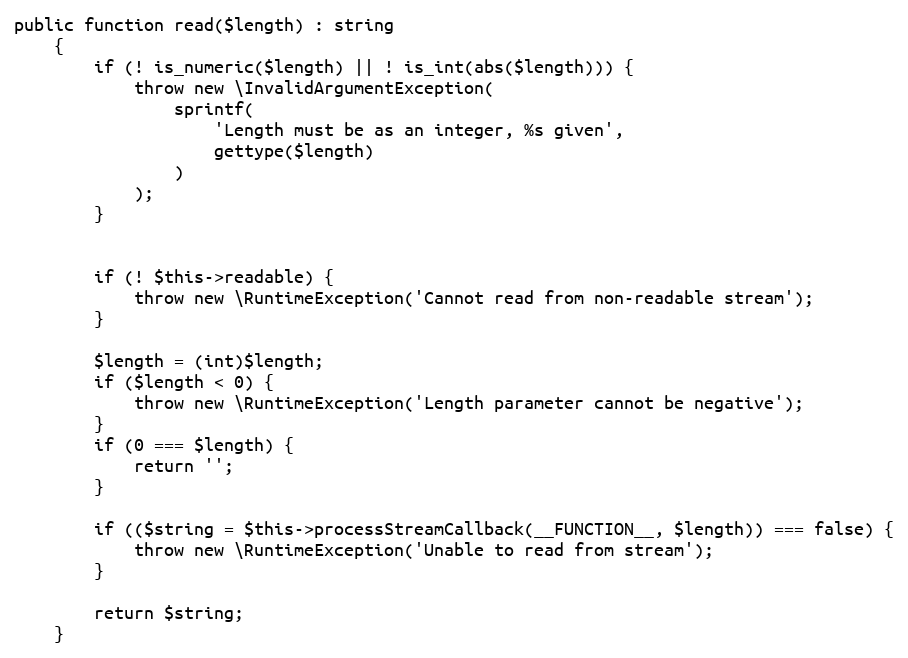
Language: PHP
public function read($length) : string
    {
        if (! is_numeric($length) || ! is_int(abs($length))) {
            throw new \InvalidArgumentException(
                sprintf(
                    'Length must be as an integer, %s given',
                    gettype($length)
                )
            );
        }

        if (! $this->readable) {
            throw new \RuntimeException('Cannot read from non-readable stream');
        }

        $length = (int)$length;
        if ($length < 0) {
            throw new \RuntimeException('Length parameter cannot be negative');
        }
        if (0 === $length) {
            return '';
        }

        if (($string = $this->processStreamCallback(__FUNCTION__, $length)) === false) {
            throw new \RuntimeException('Unable to read from stream');
        }

        return $string;
    }